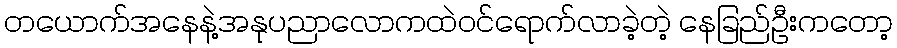
တယောက်အနေနဲ့အနုပညာလောကထဲဝင်ရောက်လာခဲ့တဲ့ နေခြည်ဦးကတော့